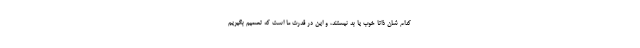
کدام شان ذاتا خوب یا بد نیستند، و این در قدرت ما است که تصمیم بگیریم